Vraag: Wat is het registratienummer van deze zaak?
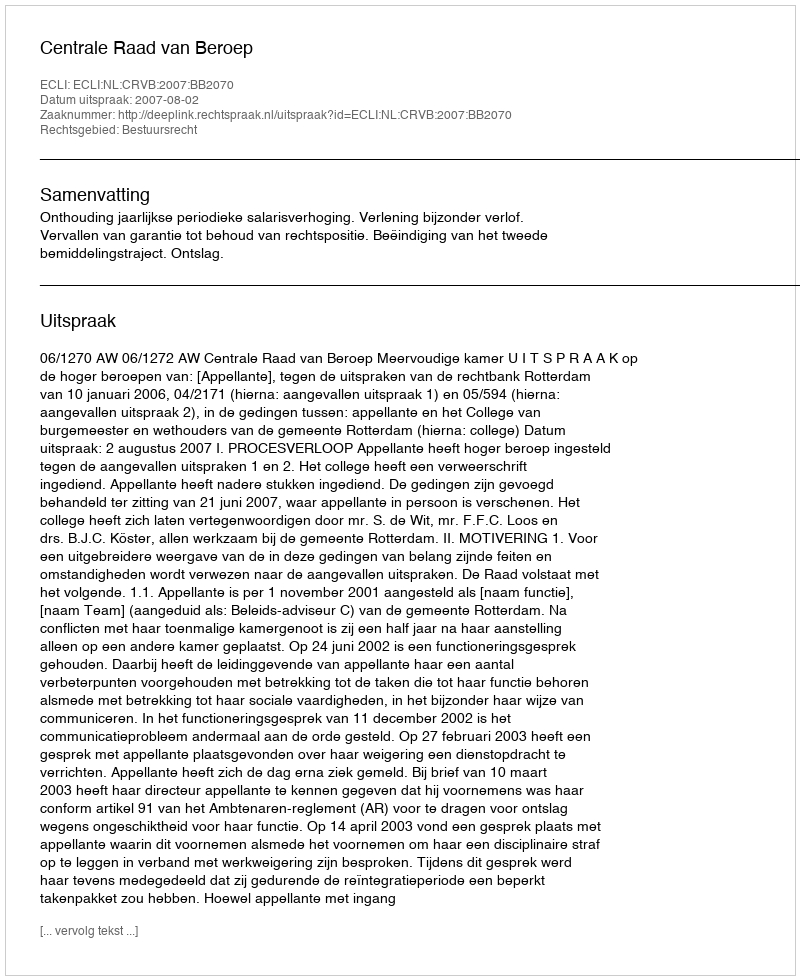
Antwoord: http://deeplink.rechtspraak.nl/uitspraak?id=ECLI:NL:CRVB:2007:BB2070